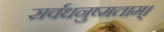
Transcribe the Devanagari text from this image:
सर्वधनुष्मताम्‌।